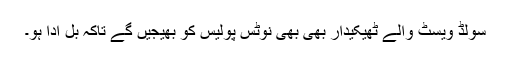
سولڈ ویسٹ والے ٹھیکیدار بھی بھی نوٹس پولیس کو بھیجیں گے تاکہ بل ادا ہو۔